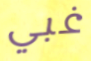
غبي